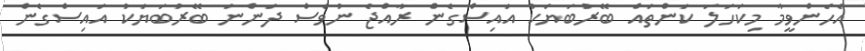
އެހެންވީމާ މިކަހަލަ ކަންތައް ބޭރުބަޔަކު އައިސްގެން ރާއްޖެ ނުވެސް ދަންނަ ބޭރުބަޔަކު އައިސްގެން